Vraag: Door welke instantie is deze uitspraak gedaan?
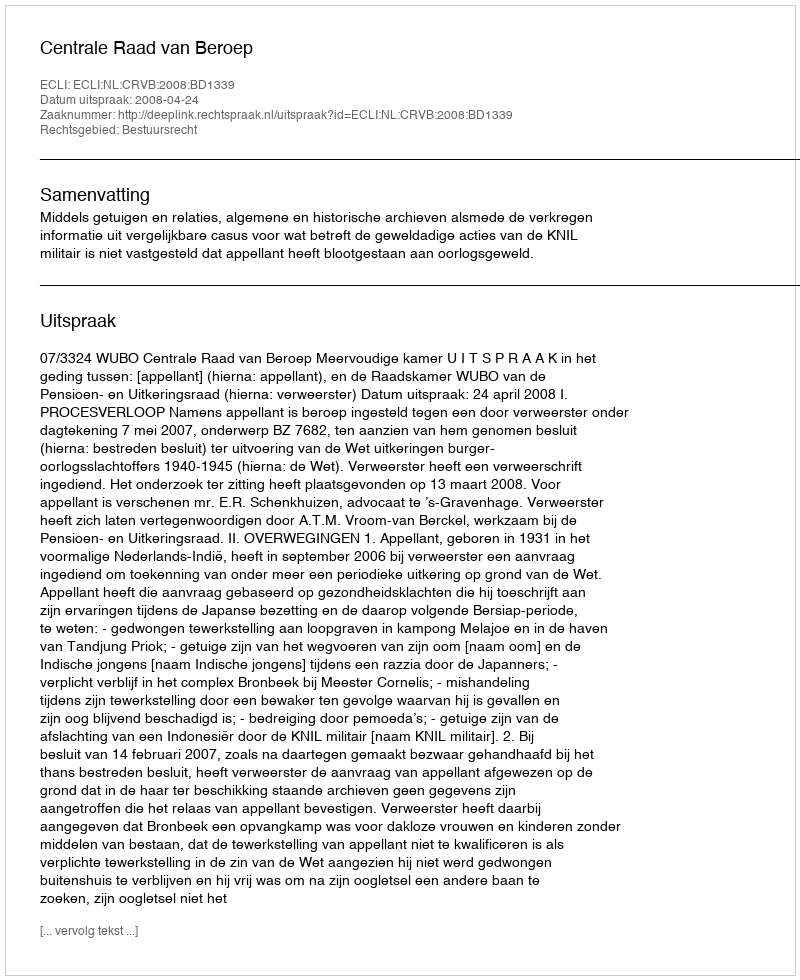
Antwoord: Centrale Raad van Beroep